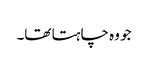
جو وہ چاہتا تھا۔